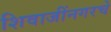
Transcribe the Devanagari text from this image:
शिवाजींनगरचे